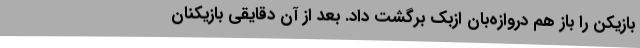
بازیکن را باز هم دروازه‌بان ازبک برگشت داد. بعد از آن دقایقی بازیکنان